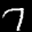
Label: 7